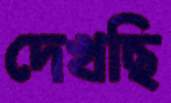
দেখছি